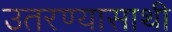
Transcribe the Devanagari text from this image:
उतरण्यासाथी